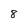
Character: 8